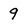
Character: 9